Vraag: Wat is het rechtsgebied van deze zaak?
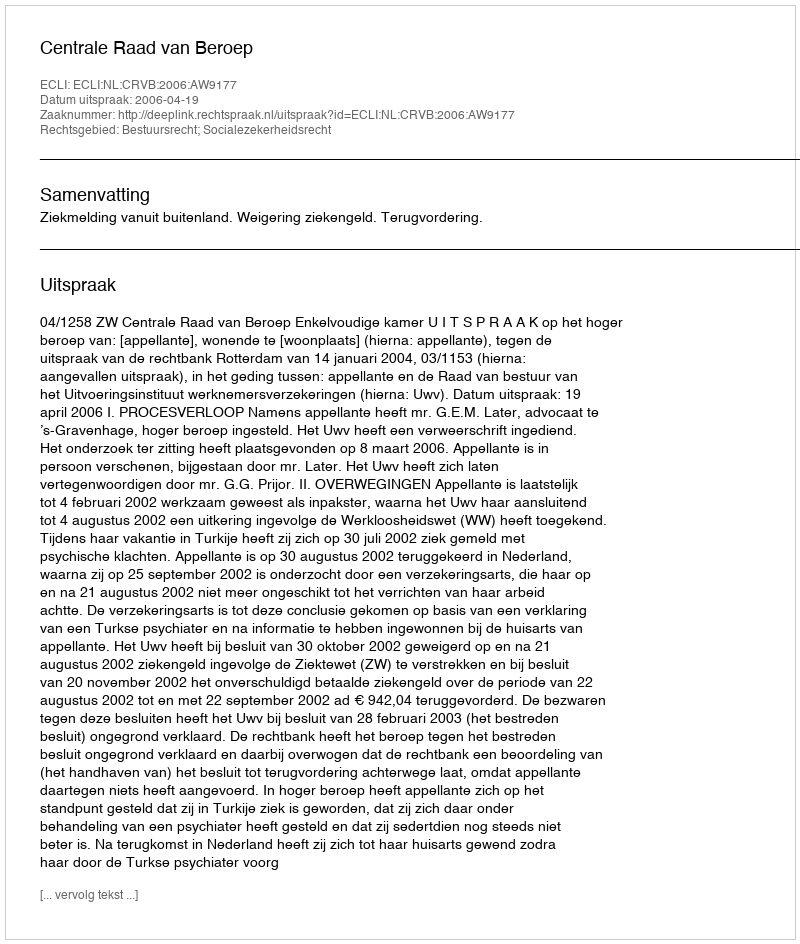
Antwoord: Bestuursrecht; Socialezekerheidsrecht